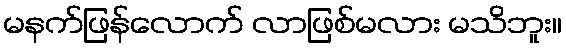
မနက်ဖြန်လောက် လာဖြစ်မလား မသိဘူး။